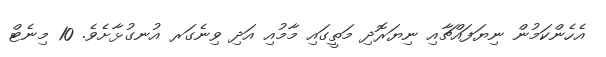
އެހެންކަމުން ނިޔަފައްޗާއި ނިޔަރޮދި މަތީގައި މާމުއި އަދި ވިނެގަރ އުނގުޅާށެވެ. 10 މިނެޓް